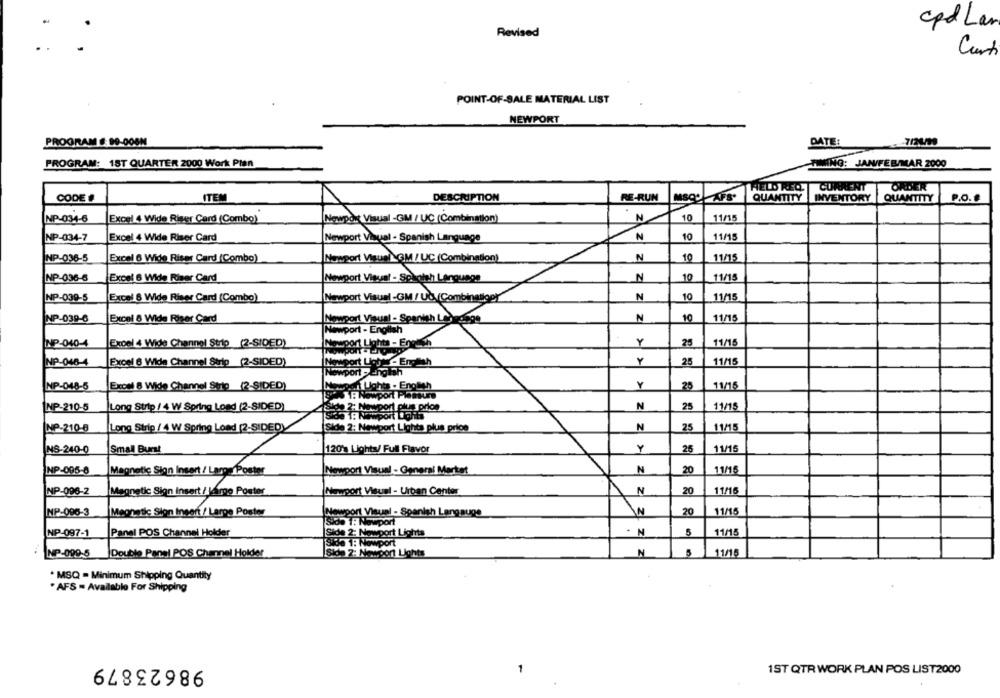
cpd Lan
Revised
Curti
POINT-OF-SALE MATERIAL LIST
NEWPORT
PROGRAM S: 99-008M
DATE:
PROGRAM: 1ST QUARTER 2000 Work Plan
TIMING: JAAVFEB/MAR 2000
HELD REQ.
CURRENT
ORDER
ITEM
RE-RUN
CODE #
DESCRIPTION
MSOO AFS*
QUANTITY
INVENTORY
QUANTITY
P.O.
N
10
11/15
NP-034-6
Excel 4 Wide Riser Card (Combo)
wpok Visual -GM / UC (Combination)
NP-034-7
Excel 4 Wide Riser Card
N
10
11/15
Newport Visual - Spanish Language
NP-036-5
Excel 6 Wide Riser Card (Combo)
Newport Visuel_GM / UC (Combination)
N
10
11/15
NP-036-6
Excel 6 Wide Riser Card
Visual - Spanish Language
N
10
11/15
NP-039-5
Excel 8 Wide Riser Card (Combo)
Newport Visual-GM / Ub. (Combination)"
N
10
11/15
NP-039-6
Excel 8 Wide Riser Card
Nowport Visual - Spar
nith Le dige
N
10
11/15
Newport - English
Y
11/15
NP-040-4
Excel & Wide Channel Strip (2-SIDED)
Newport Lights - Enwith
25
NP-046-4
Excel6 Wide Channel Strip (2-SIDED)
Y
25
11/15
Newport -English
11/15
NP-048-6
Excel 8 Wide Channel Strip (2-SIDED)
25
1: Newport Plant
of Lights - English
N
11/15
INP-210-5
Long Strip / 4 W Spring Load (2-SIDED)
25
N
11/15
NP-210-8
Long Strip / 4 W Spring Lond (2-SIDED)
Side 2: Newport Lights plus price
25
Y
NS-240-0
Small Burst
120's Lights/ Full Flavor
25
11/15
NP-095-8
Magnetic Sion Insert / Large Poster
Newport Visual - General Market
N
20
11/15
11/16
NP-096-2
Magnetic Sign Insert / largo Poster
Newport Visual - Urban Center
N
20
11/15
MP-096-3
Megnetic Sign Insert / Large Poster
Newport Visual - Spanish Langauge
20
Sido 1: Newport
Panel POS Channel Holder
NP-097-1
Side 2: Newport Lights
11/15
Si80 1: Nowport
NP-099.5 Double Panel POS Channel Holder
02: Napon Lights
N
11/16
. MSQ - Minimum Shipping Quantity
" AFS = Available For Shipping
98623879
-
1ST QTR WORK PLAN POS LIST2000